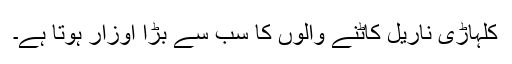
کلہاڑی ناریل کاٹنے والوں کا سب سے بڑا اوزار ہوتا ہے۔